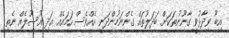
އިބޫ ވިދާޅުވީ ގާނޫނުތަކަށް ބަދަލުތައް ގެންނަމުންދަނީ އެއްވެސް ހަމައެއް އަދި އުސޫލެއް ނެތި